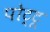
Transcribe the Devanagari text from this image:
पोट्टू